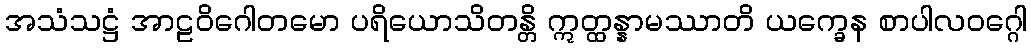
အသံသဋ္ဌံ အာဠဝိဂေါတမော ပရိယောသိတန္တိ ဣတ္ထန္နာမဿာတိ ယက္ခေန စာပါလဝဂ္ဂေါ